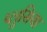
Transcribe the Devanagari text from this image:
प्लूसिया